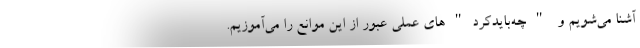
آشنا می‌شویم و "چه‌بایدکرد"های عملی عبور از این موانع را می‌آموزیم.